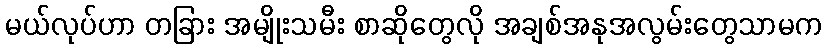
မယ်လုပ်ဟာ တခြား အမျိုးသမီး စာဆိုတွေလို အချစ်အနုအလွမ်းတွေသာမက